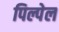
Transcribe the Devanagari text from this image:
पिल्पेल